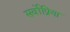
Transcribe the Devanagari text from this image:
सर्वोप्रिया